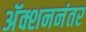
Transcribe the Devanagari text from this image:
अॅक्शननंतर